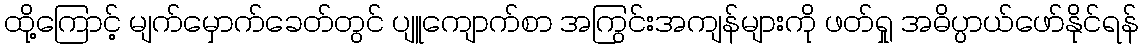
ထို့ကြောင့် မျက်မှောက်ခေတ်တွင် ပျူကျောက်စာ အကြွင်းအကျန်များကို ဖတ်ရှု အဓိပ္ပာယ်ဖော်နိုင်ရန်